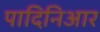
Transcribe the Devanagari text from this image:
पादिनिआर